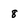
Character: 8